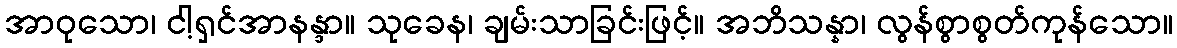
အာဝုသော၊ ငါ့ရှင်အာနန္ဒာ။ သုခေန၊ ချမ်းသာခြင်းဖြင့်။ အဘိသန္နာ၊ လွန်စွာစွတ်ကုန်သော။